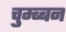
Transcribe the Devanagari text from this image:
चुम्ब्बन